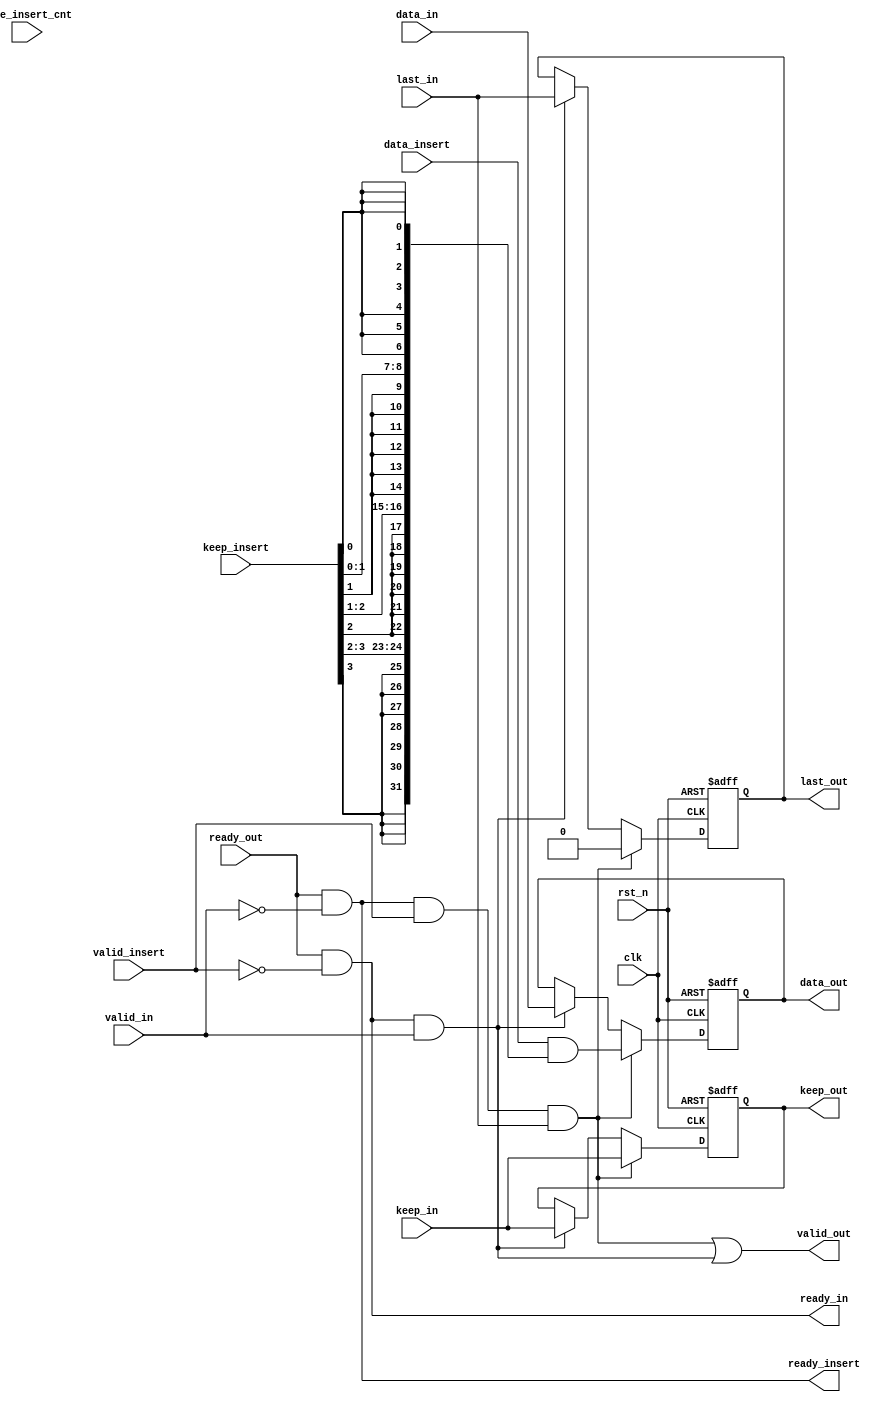
`timescale 1ns/1ps

module axi_stream_insert_header #(
    parameter DATA_WD = 32,
    parameter DATA_BYTE_WD = DATA_WD / 8,
    parameter BYTE_CNT_WD = $clog2(DATA_BYTE_WD)
) (
    input clk,
    input rst_n,
    // AXI Stream input original data
    input valid_in,
    input [DATA_WD-1 : 0] data_in,
    input [DATA_BYTE_WD-1 : 0] keep_in,
    input last_in,
    output ready_in,
    // AXI Stream output with header inserted
    output valid_out,
    output [DATA_WD-1 : 0] data_out,
    output [DATA_BYTE_WD-1 : 0] keep_out,
    output last_out,
    input ready_out,
    // The header to be inserted to AXI Stream input
    input valid_insert,
    input [DATA_WD-1 : 0] data_insert,
    input [DATA_BYTE_WD-1 : 0] keep_insert,
    input [BYTE_CNT_WD : 0] byte_insert_cnt,
    output ready_insert
);

// 
reg [DATA_WD-1:0] data_buffer;
reg [DATA_BYTE_WD-1:0] keep_buffer;
reg last_buffer;

// 
wire insert_ready;
wire data_ready;

//
assign insert_ready = ready_insert && valid_insert && last_in;
assign data_ready = ready_in && valid_in;

always @(posedge clk or negedge rst_n) begin
    if (!rst_n) begin
        data_buffer <= 0;
        keep_buffer <= 0;
        last_buffer <= 0;
    end else begin
        if (insert_ready) begin
            data_buffer <= data_insert & {{8{keep_insert[3]}},{8{keep_insert[2]}},{8{keep_insert[1]}},{8{keep_insert[0]}}};//{{(DATA_WD-8*byte_insert_cnt)*1'b0},data_insert[(8*byte_insert_cnt-1)+:0]};
            keep_buffer <= keep_in;
            last_buffer <= 0;
        end else if (data_ready) begin
            data_buffer <= data_in; 
            keep_buffer <= keep_in;
            last_buffer <= last_in;
        end
    end
end

// 
assign valid_out = insert_ready || data_ready;
assign data_out = data_buffer;
assign keep_out = keep_buffer;
assign last_out = last_buffer;

assign ready_in = ready_out && !valid_insert;
assign ready_insert = ready_out && !valid_in;

endmodule